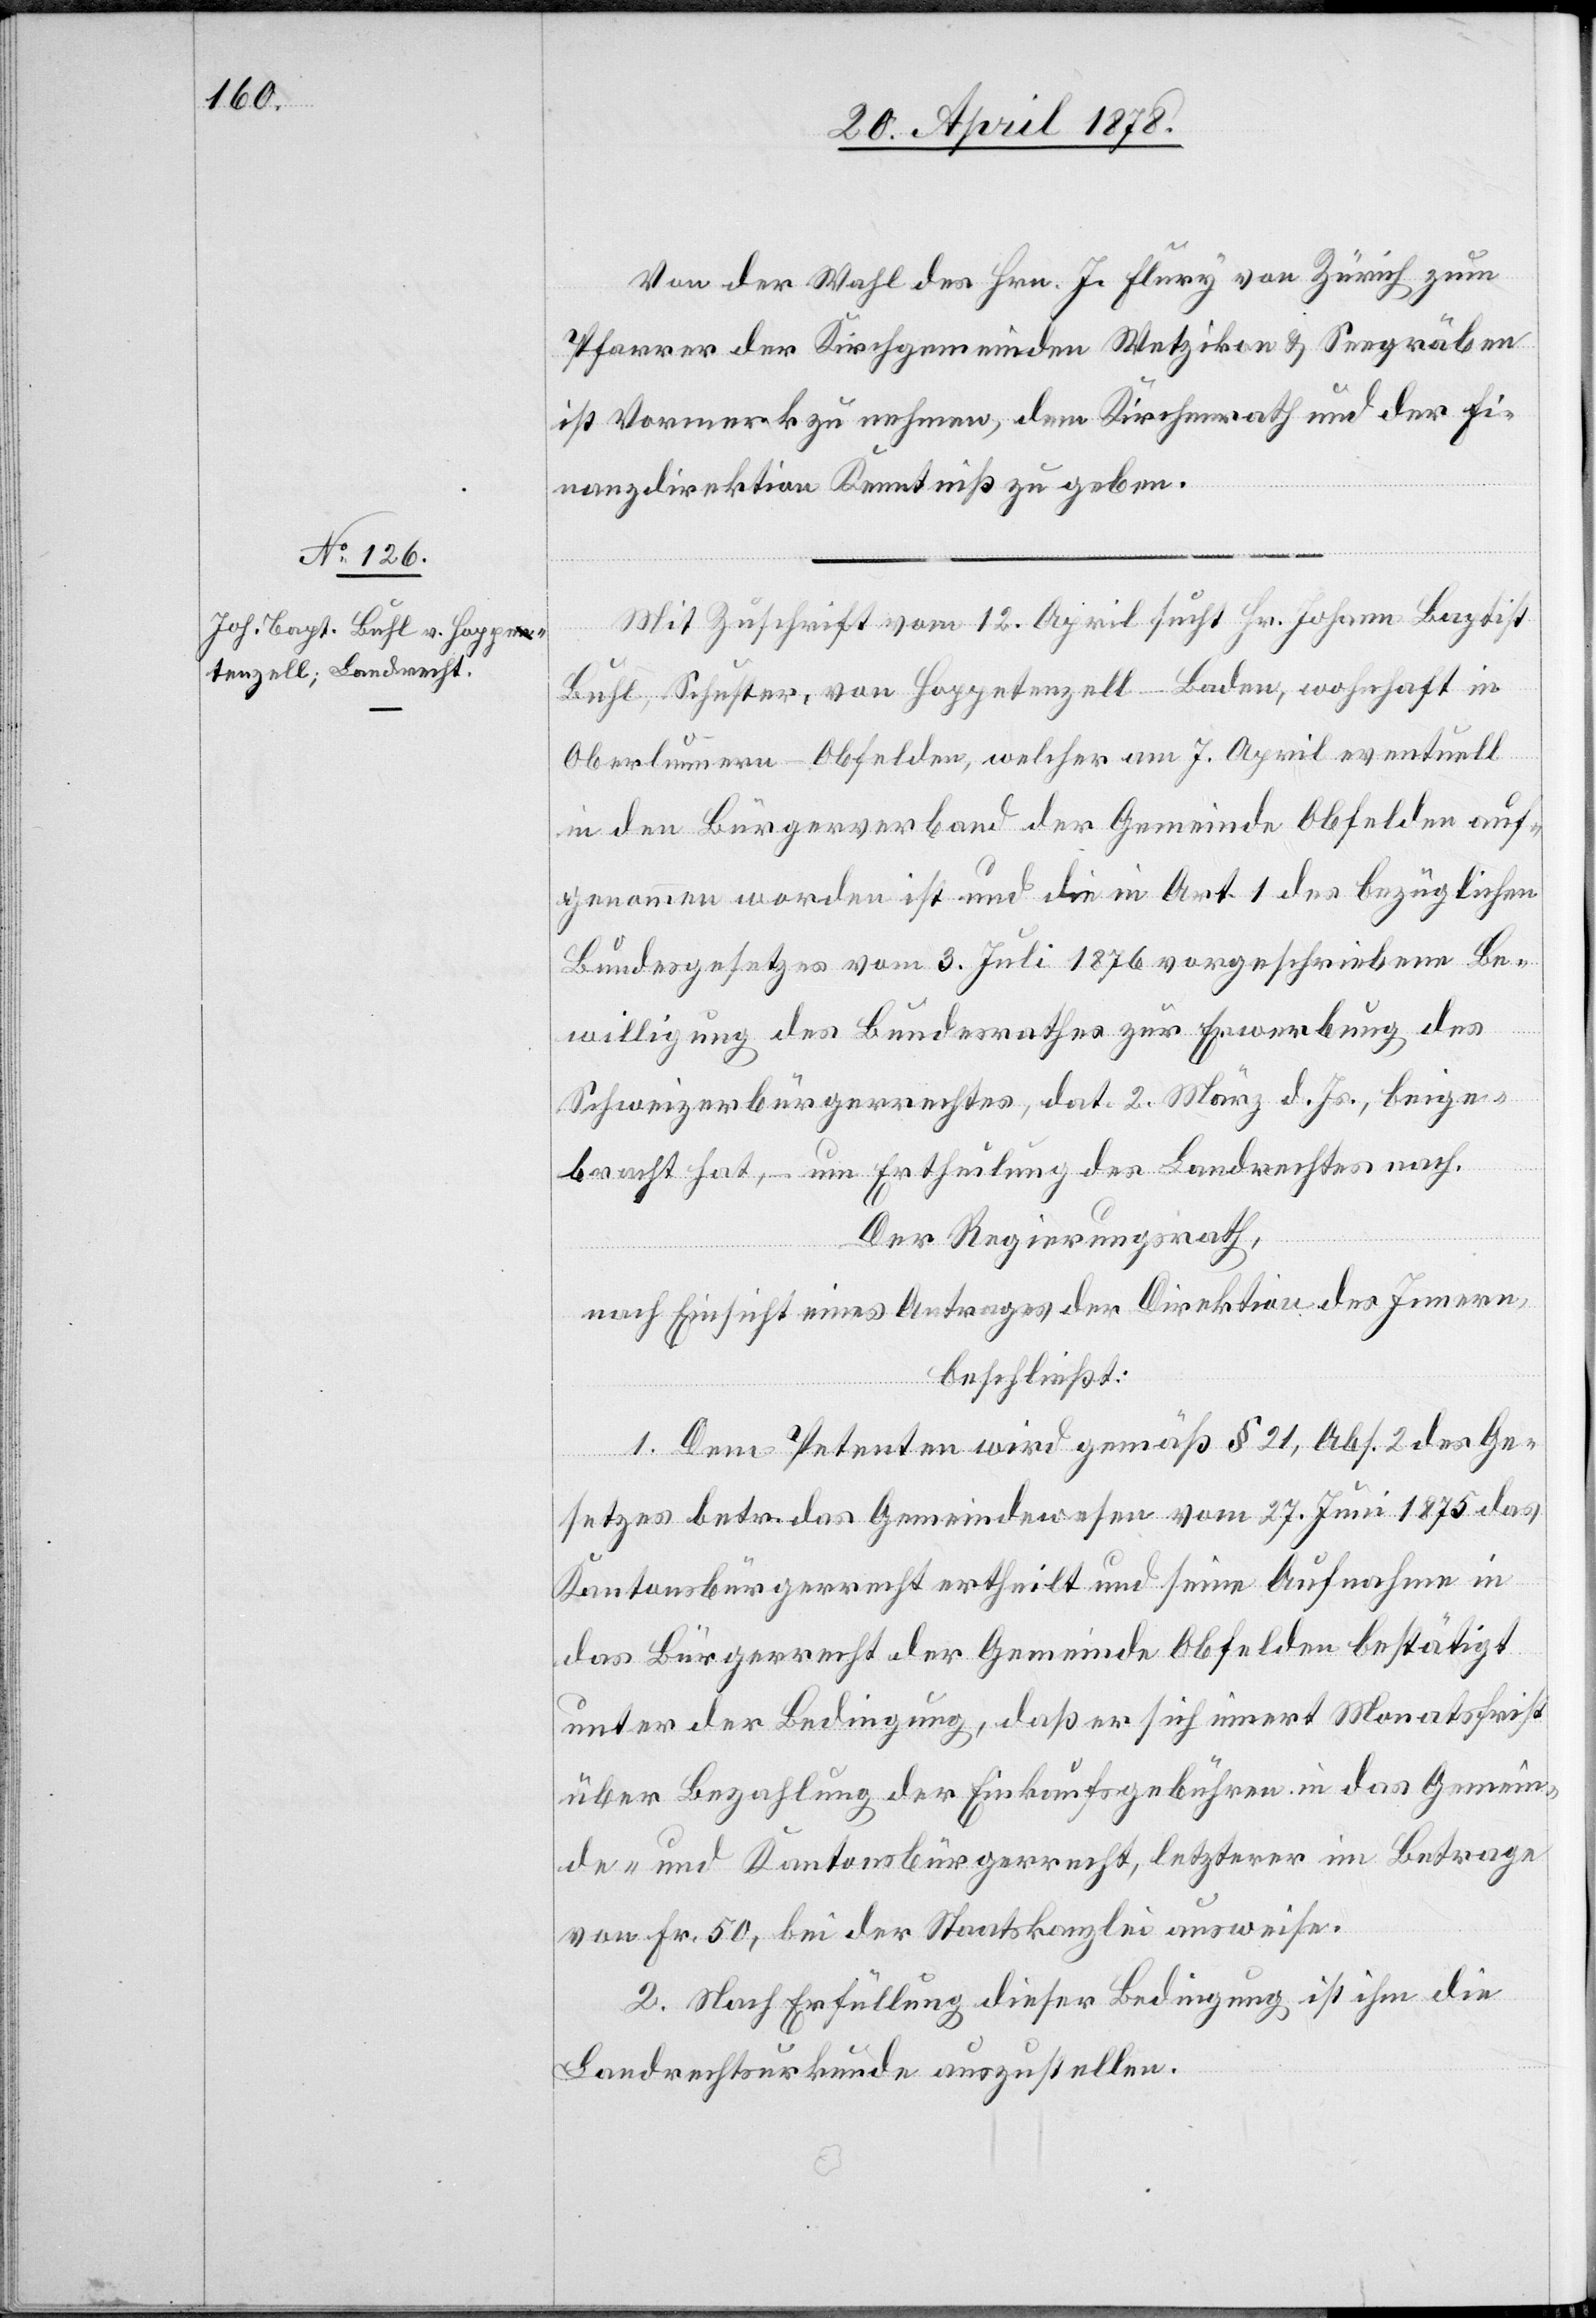
Von der Wahl des Hrn. J. Flury von Zürich zum
Pfarrer der Kirchgemeinden Wetzikon & Seegräben
ist Vormerk zu nehmen, dem Kirchenrath und der Fi¬
nanzdirektion Kenntniß zu geben.
Mit Zuschrift vom 12. April sucht Hr. Johann Baptist
Buhl, Schuster, von Hoppetenzell - Baden, wohnhaft in
Oberlunnern - Obfelden, welcher am 7. April eventuell
in den Bürgerverband der Gemeinde Obfelden auf¬
genommen worden ist und die in Art. 1 des bezüglichen
Bundesgesetzes vom 3. Juli 1876 vorgeschriebene Be¬
willigung des Bundesrathes zur Erwerbung des
Schweizerbürgerrechtes, dat. 2. März d. Js., beige¬
bracht hat, – um Ertheilung des Landrechtes nach.
Der Regierungsrath,
nach Einsicht eines Antrages der Direktion des Innern,
beschließt:
1. Dem Petenten wird gemäß § 21, Abs. 2 des Ge¬
setzes betr. das Gemeindewesen vom 27. Juni 1875 das
Kantonsbürgerrecht ertheilt und seine Aufnahme in
das Bürgerrecht der Gemeinde Obfelden bestätigt
unter der Bedingung, daß er sich innert Monatsfrist
über Bezahlung der Einkaufsgebühren in das Gemein¬
de- und Kantonsbürgerrecht, letzterer im Betrage
von Fr. 50, bei der Staatskanzlei ausweise.
2. Nach Erfüllung dieser Bedingung ist ihm die
Landrechtsurkunde auszustellen.